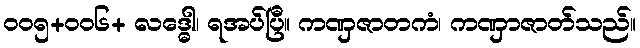
၀၀၅+၀၀၆+ လဒ္ဓေါ၊ ရအပ်ပြီ။ ကဏှဇာတကံ၊ ကဏှာဇာတ်သည်။